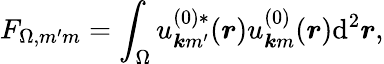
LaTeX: F_{\Omega,m^{\prime}m}=\int_{\Omega}u_{\boldsymbol{k}m^{\prime}}^{(0)*}(\boldsymbol{r})u_{\boldsymbol{k}m}^{(0)}(\boldsymbol{r})\mathrm{d}^{2}\boldsymbol{r},